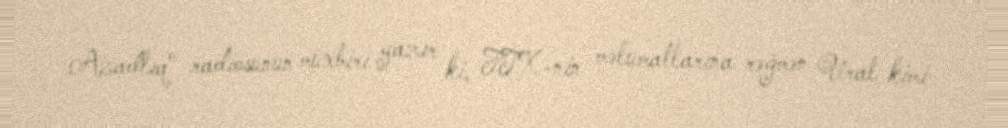
Azadlıq" radiosunun müxbiri yazır ki, FTX-nin məlumatlarına rəğmən Ural kimi